Indian journal of veterinary science and animal husbandry - Volumes 15-17, 1948-1951
Year: 1948
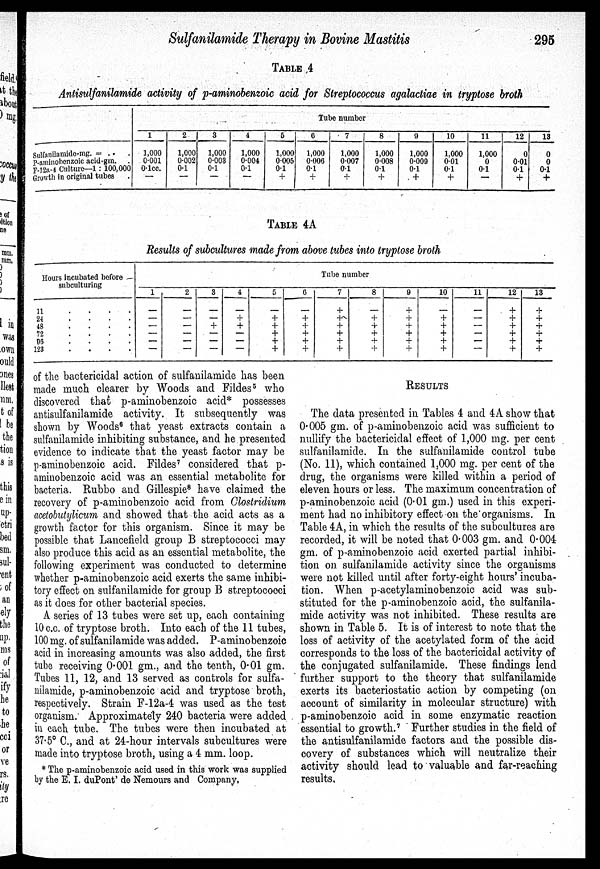
Sulfanilamide Therapy in Bovine Mastitis
295
TABLE 4
Antisulfanilamide activity of p-aminobenzoic acid for Streptococcus agalactiae in tryptose broth
Sulfanilamide-mg. = .
P-aminobenzoic acid-gm.
F-12a-4 Culture—1 : 100,000
Growth in original tabes
Tube number
1
1,000
0.001
0.1 cc.
—
2
1,000
0.002
0.1
—
3
1,000
0.003
0.1
—
4
1,000
0.004
0.1
—
5
1,000
0.005
0.1
+
6
1,000
0.006
0.1
+
7
1,000
0.007
0.1
+
8
1,000
0.008
0.1
+
0
1,000
0.009
0.1
+
10
1,000
001
01
+
11
1,000
0
01
—
12
0
0.01
01
+
13
0
0
0.1
+
TABLE 4A
Results of subcultures made from above tubes into tryptose broth
Hours incubated before
11 . . . .
24 . . . .
48 . . . .
72 . . . .
06 . . . .
123 . . . .
Tube number
1
—
—
—
—
—
—
2
—
—
—
—
—
—
3
—
—
+
—
—
—
4
—
+
+
—
—
—
5
—
+
+
+
+
+
6
—
+
+
+
+ +
7
+
+
+
+
+
+
8
—
+
+
+
+
+
9
+
+
+
+ +
+
10
—
+
+
+
+
+
11
—
—
—
—
—
—
12
+
+
+
+
+
+
13
+
+
+
+
+
+
of the bactericidal action of sulfanilamide has been
made much clearer by Woods and Fildes 5 who
discovered that p-aminobenzoic acid* possesses
antisulfanilamide activity. It subsequently was
shown by Woods 6 that yeast extracts contain a
sulfanilamide inhibiting substance, and he presented
evidence to indicate that the yeast factor may be
p-aminobenzoic acid. Fildes 7 considered that p-
aminobenzoic acid was an essential metabolite for
bacteria. Rubbo and Gillespie 8 have claimed the
recovery of p-aminobenzoic acid from Clostridium
acetobutylicum and showed that the acid acts as a
growth factor for this organism. Since it may be
possible that Lancefield group B streptococci may
also produce this acid as an essential metabolite, the
following experiment was conducted to determine
whether p-aminobenzoic acid exerts the same inhibi-
tory effect on sulfanilamide for group B streptococci
as it does for other bacterial species.
A series of 13 tubes were set up, each containing
10 c.c. of tryptose broth. Into each of the 11 tubes,
100 mg. of sulfanilamide was added. P-aminobenzoic
acid in increasing amounts was also added, the first
tube receiving 0-001 gm., and the tenth, 0.01 gm.
Tubes 11, 12, and 13 served as controls for sulfa-
nilamide, p-aminobenzoic acid and tryptose broth,
respectively. Strain F-12a-4 was used as the test
organism. Approximately 240 bacteria were added
in each tube. The tubes were then incubated at
37. 5° C., and at 24-hour intervals subcultures were
made into tryptose broth, using a 4 mm. loop.
RESULTS
The data presented in Tables 4 and 4A show that
0.005 gm. of p-aminobenzoic acid was sufficient to
nullify the bactericidal effect of 1,000 mg. per cent
sulfanilamide. In the sulfanilamide control tube
(No. 11), which contained 1,000 mg. per cent of the
drug, the organisms were killed within a period of
eleven hours or less. The maximum concentration of
p-aminobenzoic acid (0.01 gm.) used in this experi-
ment had no inhibitory effect on the organisms. In
Table 4A, in which the results of the subcultures are
recorded, it will be noted that 0.003 gm. and 0.004
gm. of p-aminobenzoic acid exerted partial inhibi-
tion on sulfanilamide activity since the organisms
were not killed until after forty-eight hours' incuba-
tion. When p-acetylaminobenzoic acid was sub-
stituted for the p-aminobenzoic acid, the sulfanila-
mide activity was not inhibited. These results are
shown in Table 5. It is of interest to note that the
loss of activity of the acetylated form of the acid
corresponds to the loss of the bactericidal activity of
the conjugated sulfanilamide. These findings lend
further support to the theory that sulfanilamide
exerts its bacteriostatic action by competing (on
account of similarity in molecular structure) with
p-aminobenzoic acid in some enzymatic reaction
essential to growth. 7 Further studies in the field of
the antisulfanilamide factors and the possible dis-
covery of substances which will neutralize their
activity should lead to valuable and far-reaching
results.
* The p-aminobenzoic acid used in this work was supplied
by the E. I. duPont' de Nemours and Company.